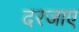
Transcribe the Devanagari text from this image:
दरजाए